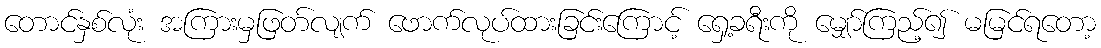
တောင်နှစ်လုံး အကြားမှဖြတ်လျက် ဖောက်လုပ်ထားခြင်းကြောင့် ရှေ့ခရီးကို မျှော်ကြည့်၍ မမြင်ရတော့